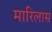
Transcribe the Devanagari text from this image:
मारिलास